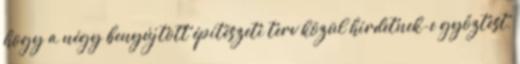
hogy a négy benyújtott építészeti terv közül hirdetnek-e győztest,